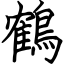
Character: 鶴